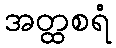
အတ္ထစရံ